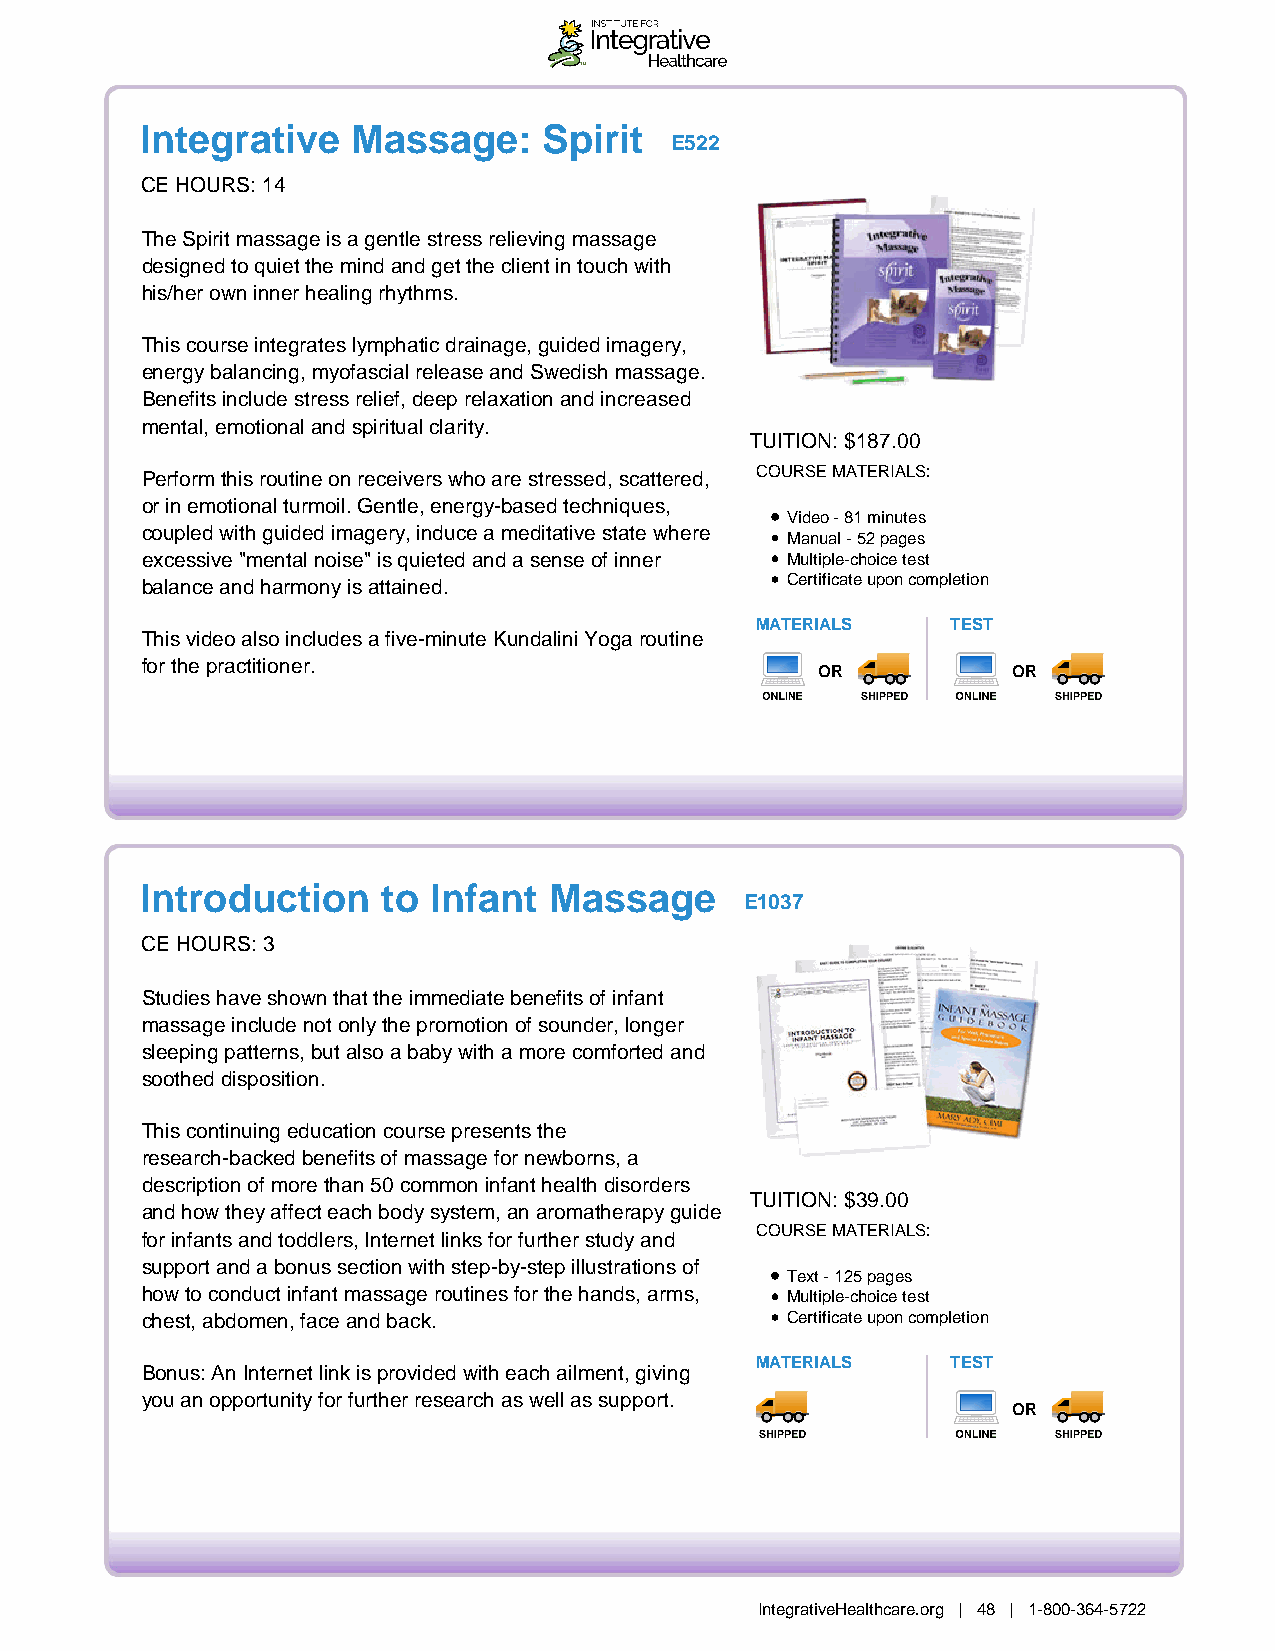
Integrative   Massage:     Spirit
 E522
 CE HOURS: 14
 The Spirit massage is a gentle stress relieving massage
 designed to quiet the mind and get the client in touch with
 his/her own inner healing rhythms.
 This course integrates lymphatic drainage, guided imagery,
 energy balancing, myofascial release and Swedish massage.
 Benefits include stress relief, deep relaxation and increased
 mental, emotional and spiritual clarity.
 TUITION: $187.00
 Perform this routine on receivers who are stressed, scattered, COURSE MATERIALS:
 or in emotional turmoil. Gentle, energy-based techniques,
 Video - 81 minutes
 coupled with guided imagery, induce a meditative state where
 Manual - 52 pages
 excessive "mental noise" is quieted and a sense of inner Multiple-choice test
 balance and harmony is attained.           Certificate upon completion
 MATERIALS    TEST
 This video also includes a five-minute Kundalini Yoga routine
 for the practitioner.
 OR           OR
 Introduction    to Infant  Massage
 E1037
 CE HOURS: 3
 Studies have shown that the immediate benefits of infant
 massage include not only the promotion of sounder, longer
 sleeping patterns, but also a baby with a more comforted and
 soothed disposition.
 This continuing education course presents the
 research-backed benefits of massage for newborns, a
 description of more than 50 common infant health disorders
 TUITION: $39.00
 and how they affect each body system, an aromatherapy guide
 COURSE MATERIALS:
 for infants and toddlers, Internet links for further study and
 support and a bonus section with step-by-step illustrations of
 Text - 125 pages
 how to conduct infant massage routines for the hands, arms, Multiple-choice test
 chest, abdomen, face and back.             Certificate upon completion
 MATERIALS    TEST
 Bonus: An Internet link is provided with each ailment, giving
 you an opportunity for further research as well as support.
 OR
 IntegrativeHealthcare.org | 48 | 1-800-364-5722